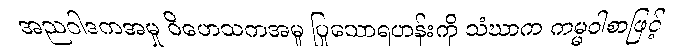
အညဝါဒကအမှု ဝိဟေသကအမှု ပြုသောရဟန်းကို သံဃာက ကမ္မဝါစာဖြင့်